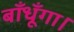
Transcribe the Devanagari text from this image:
बाँधूँगा।